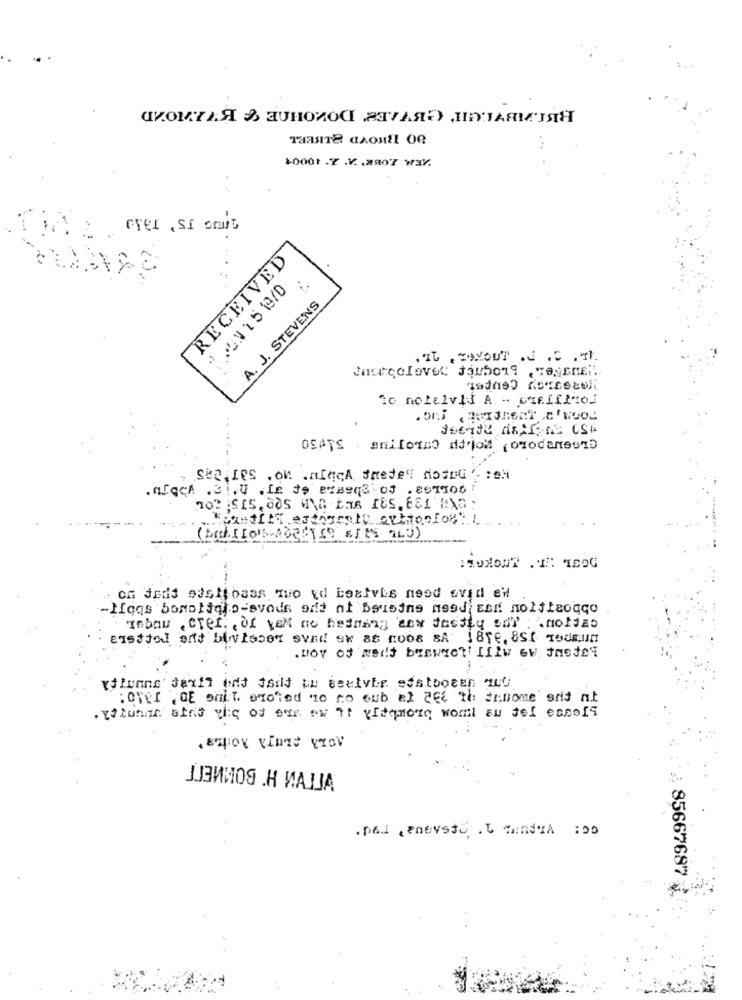
СКОМТАЯ В ЗОНОЙОС АГУЛЯ?) InARMISH
...
+0001 -7 .V. . 2807 W3.
RECEIVED
JAN 1519/0
..
A. J. STEVENS
. It , WAYOUT .N .S . IN.
to notalvid A - ciffffto
.....
OSAYS . anifoto difoi ( omodenesi)
Ste,LES . on anInch fredet notG : : el
.MEGGA .31.0 ,Le to Prisene of . 201906
: over , Of onit. exoted no to cub el 2ft th Ennome erid nt
УГТУЙ Н' ВОМИЕГГ
85667687